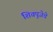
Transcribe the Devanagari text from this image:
शिवपूजेचे